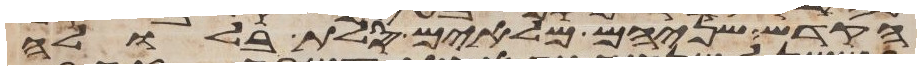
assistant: הקדש שניהם מלאים סלת בלולה